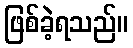
ဖြစ်ခဲ့ရသည်။